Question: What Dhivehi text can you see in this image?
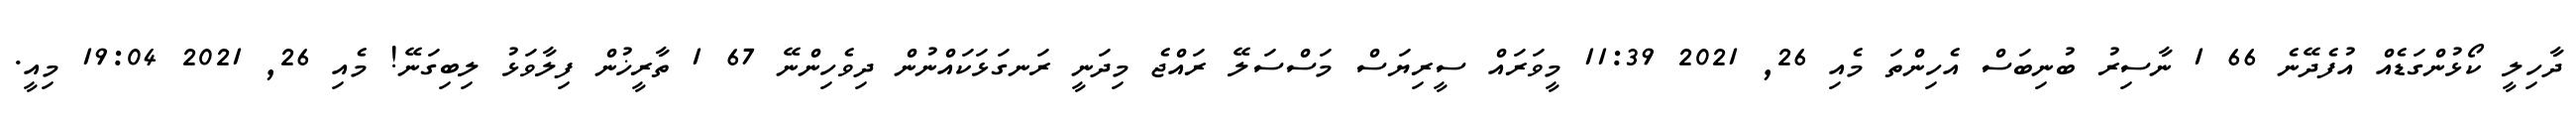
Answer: ދާހިލީ ކޯޅުންގަޑެއް އުފެދޭނެ 66 1 ނާސިރު ބުނިބަސް އެހިންތަ މެއި 26, 2021 11:39 މީވަރައް ސީރިޔަސް މަސްސަލޭ ރައްޖެ މިދަނީ ރަނގަޅަކައްނުން ދިވެހިންނޭ 67 1 ތާރީޚުން ފިލާވަޅު ލިބިގަނޭ! މެއި 26, 2021 19:04 މިއީ.